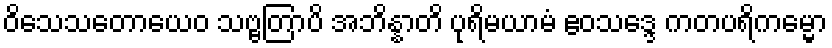
ဝိသေသတောယေဝ သဗ္ဗတြာပိ အဘိန္နာတိ ပုရိမယာမံ ဧဝသဒ္ဒေ ကတပရိကမ္မော